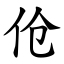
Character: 伧